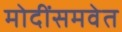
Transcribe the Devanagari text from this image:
मोदींसमवेत